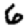
Digit: 6